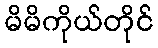
မိမိကိုယ်တိုင်